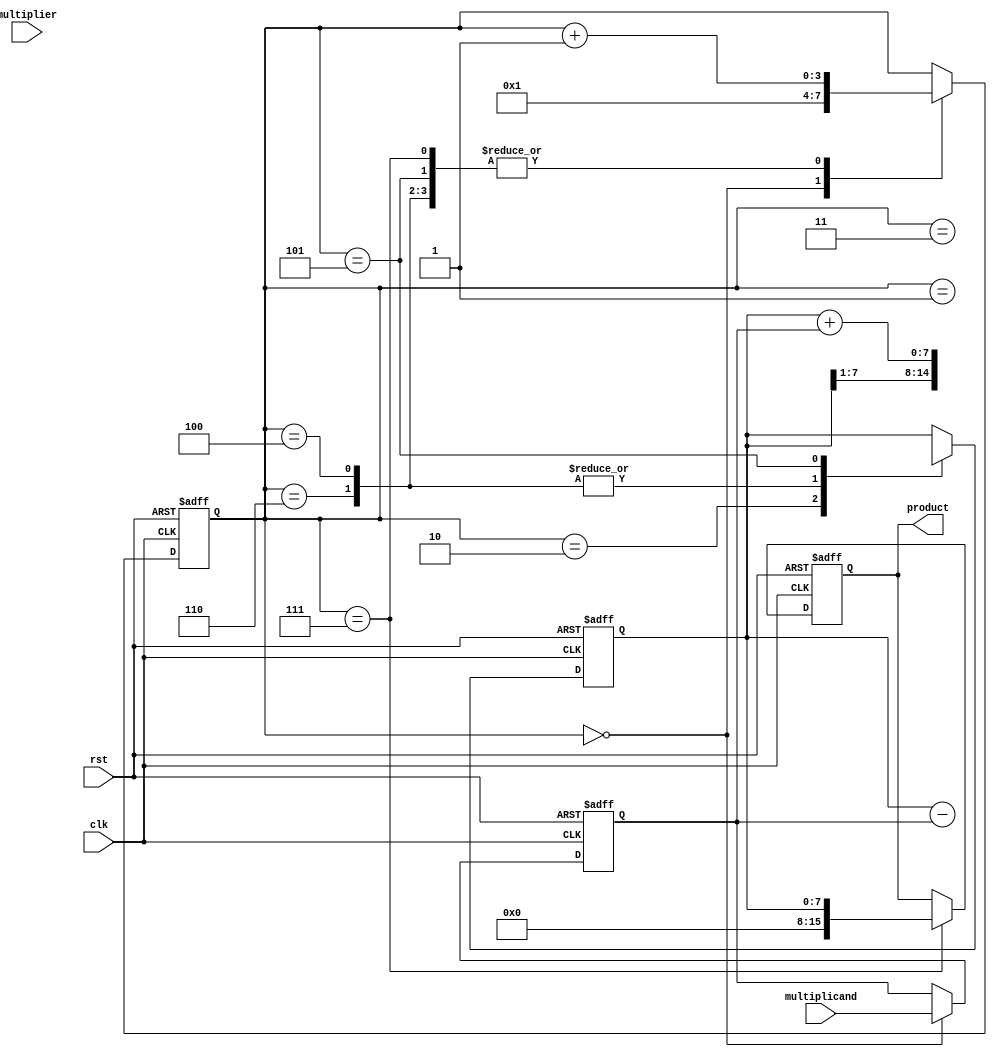
module modified_booth_multiplier(
    input wire clk,
    input wire rst,
    input wire [7:0] multiplicand,
    input wire [7:0] multiplier,
    output reg [15:0] product
);

reg [7:0] a_reg, mac_reg;
reg [3:0] count;

always @(posedge clk or posedge rst) begin
    if (rst) begin
        a_reg <= 8'b0;
        mac_reg <= {multiplier, 8'b0};
        count <= 4'b0;
        product <= 16'b0;
    end else begin
        case(count)
            4'b0000: begin // Initialize
                a_reg <= multiplicand;
                count <= 4'b0001;
            end
            4'b0001, 4'b0011: begin // Shift Right
                mac_reg <= {mac_reg[15], mac_reg};
                count <= count + 1;
            end
            4'b0010: begin // Subtract Multiplicand
                mac_reg <= mac_reg - a_reg;
                count <= count + 1;
            end
            4'b0100, 4'b0110: begin // Shift Left
                mac_reg <= {mac_reg[0], mac_reg[15:1]};
                count <= count + 1;
            end
            4'b0101: begin // Add Multiplicand
                mac_reg <= mac_reg + a_reg;
                count <= count + 1;
            end
            4'b0111: begin // Done
                product <= mac_reg;
                count <= count + 1;
            end
        endcase
    end
end

endmodule